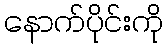
နောက်ပိုင်းကို